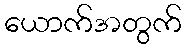
ယောက်အတွက်